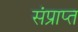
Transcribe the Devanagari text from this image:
संप्राप्त